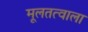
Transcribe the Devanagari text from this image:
मूलतत्वाला